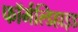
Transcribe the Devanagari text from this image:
फॉर्मल्डिहाइड